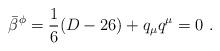
LaTeX: \begin{align*}\bar{\beta}^{\phi} = \frac{1}{6}(D-26) + q_{\mu}q^{\mu} = 0 ~.\end{align*}